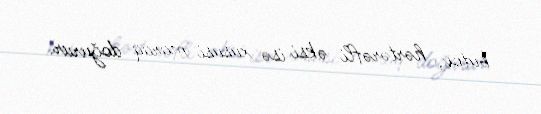
bütöv, hərtərəfli əksi isə xüsusi maraq doğurur.